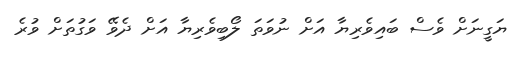
ޔަގީނަށް ވެސް ބައިވެރިޔާ އަށް ނުވަތަ ލޯބިވެރިޔާ އަށް ދެވޭ ވަގުތަށް ވުރެ